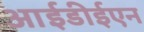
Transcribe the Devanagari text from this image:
आईडीईएन